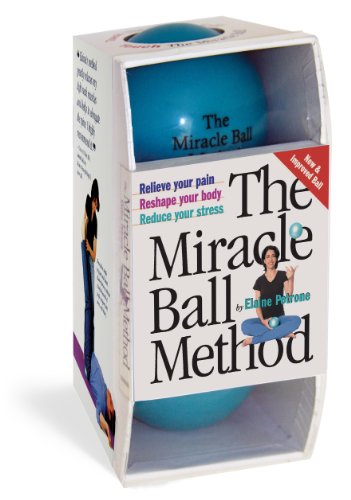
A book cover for The Miracle Ball Method: Relieve Your Pain, Reshape Your Body, Reduce Your Stress [2 Miracle Balls Included]; Elaine Petrone; Medical Books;